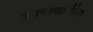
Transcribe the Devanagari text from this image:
जंगलाखालील